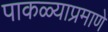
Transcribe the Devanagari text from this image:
पाकळ्याप्रमाणे